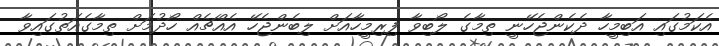
އެކަމުގައި އަބިމީހާ ދެކެންޖެހޭނީ ތިމާގެ ލޯބިވާ ފިރިމީހާއަށް ލިބެންޖެހޭ އެއްޗެއް ހޯދުމަށް ތިމާގެއަތުގައިވާ